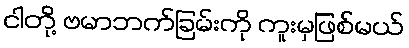
ငါတို့ ဗမာဘက်ခြမ်းကို ကူးမှဖြစ်မယ်